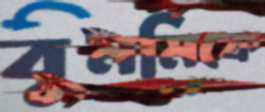
বুনমিকে